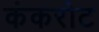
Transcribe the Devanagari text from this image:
कंकरोट